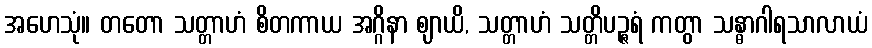
အဟေသုံ။ တတော သတ္တာဟံ စိတကာယ အဂ္ဂိနာ ဈာယိ, သတ္တာဟံ သတ္တိပဉ္ဇရံ ကတွာ သန္ဓာဂါရသာလာယံ